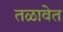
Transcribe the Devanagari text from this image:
तळावेत